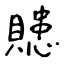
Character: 贃